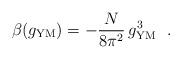
LaTeX: \begin{align*}\beta(g_{\rm YM}) = -\frac{N}{8\pi^2}\,g_{\rm YM}^3~~.\end{align*}